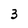
Character: 3